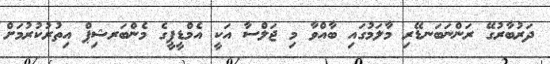
ދަރުބާރުގޭ ރަންނަބަނޑޭރި މާލަމުގައި ބާއްވާ މި ޖަލްސާ އަކީ އެމްޑީޕީގެ މެންބަރޝިޕް އިތުރުކުރުމަށް